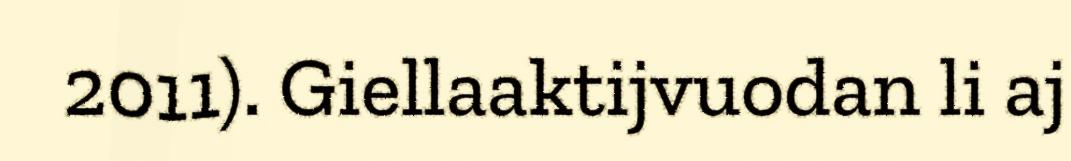
2011). Giellaaktijvuodan li aj